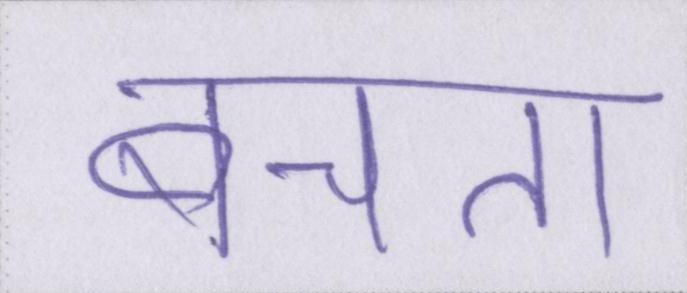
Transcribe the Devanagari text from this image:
बचता